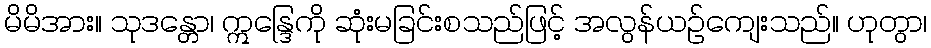
မိမိအား။ သုဒန္တော၊ ဣန္ဒြေကို ဆုံးမခြင်းစသည်ဖြင့် အလွန်ယဉ်ကျေးသည်။ ဟုတွာ၊